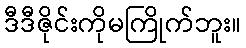
ဒီဒီဇိုင်းကိုမကြိုက်ဘူး။